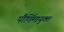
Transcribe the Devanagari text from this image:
पौर्णिमायुक्त